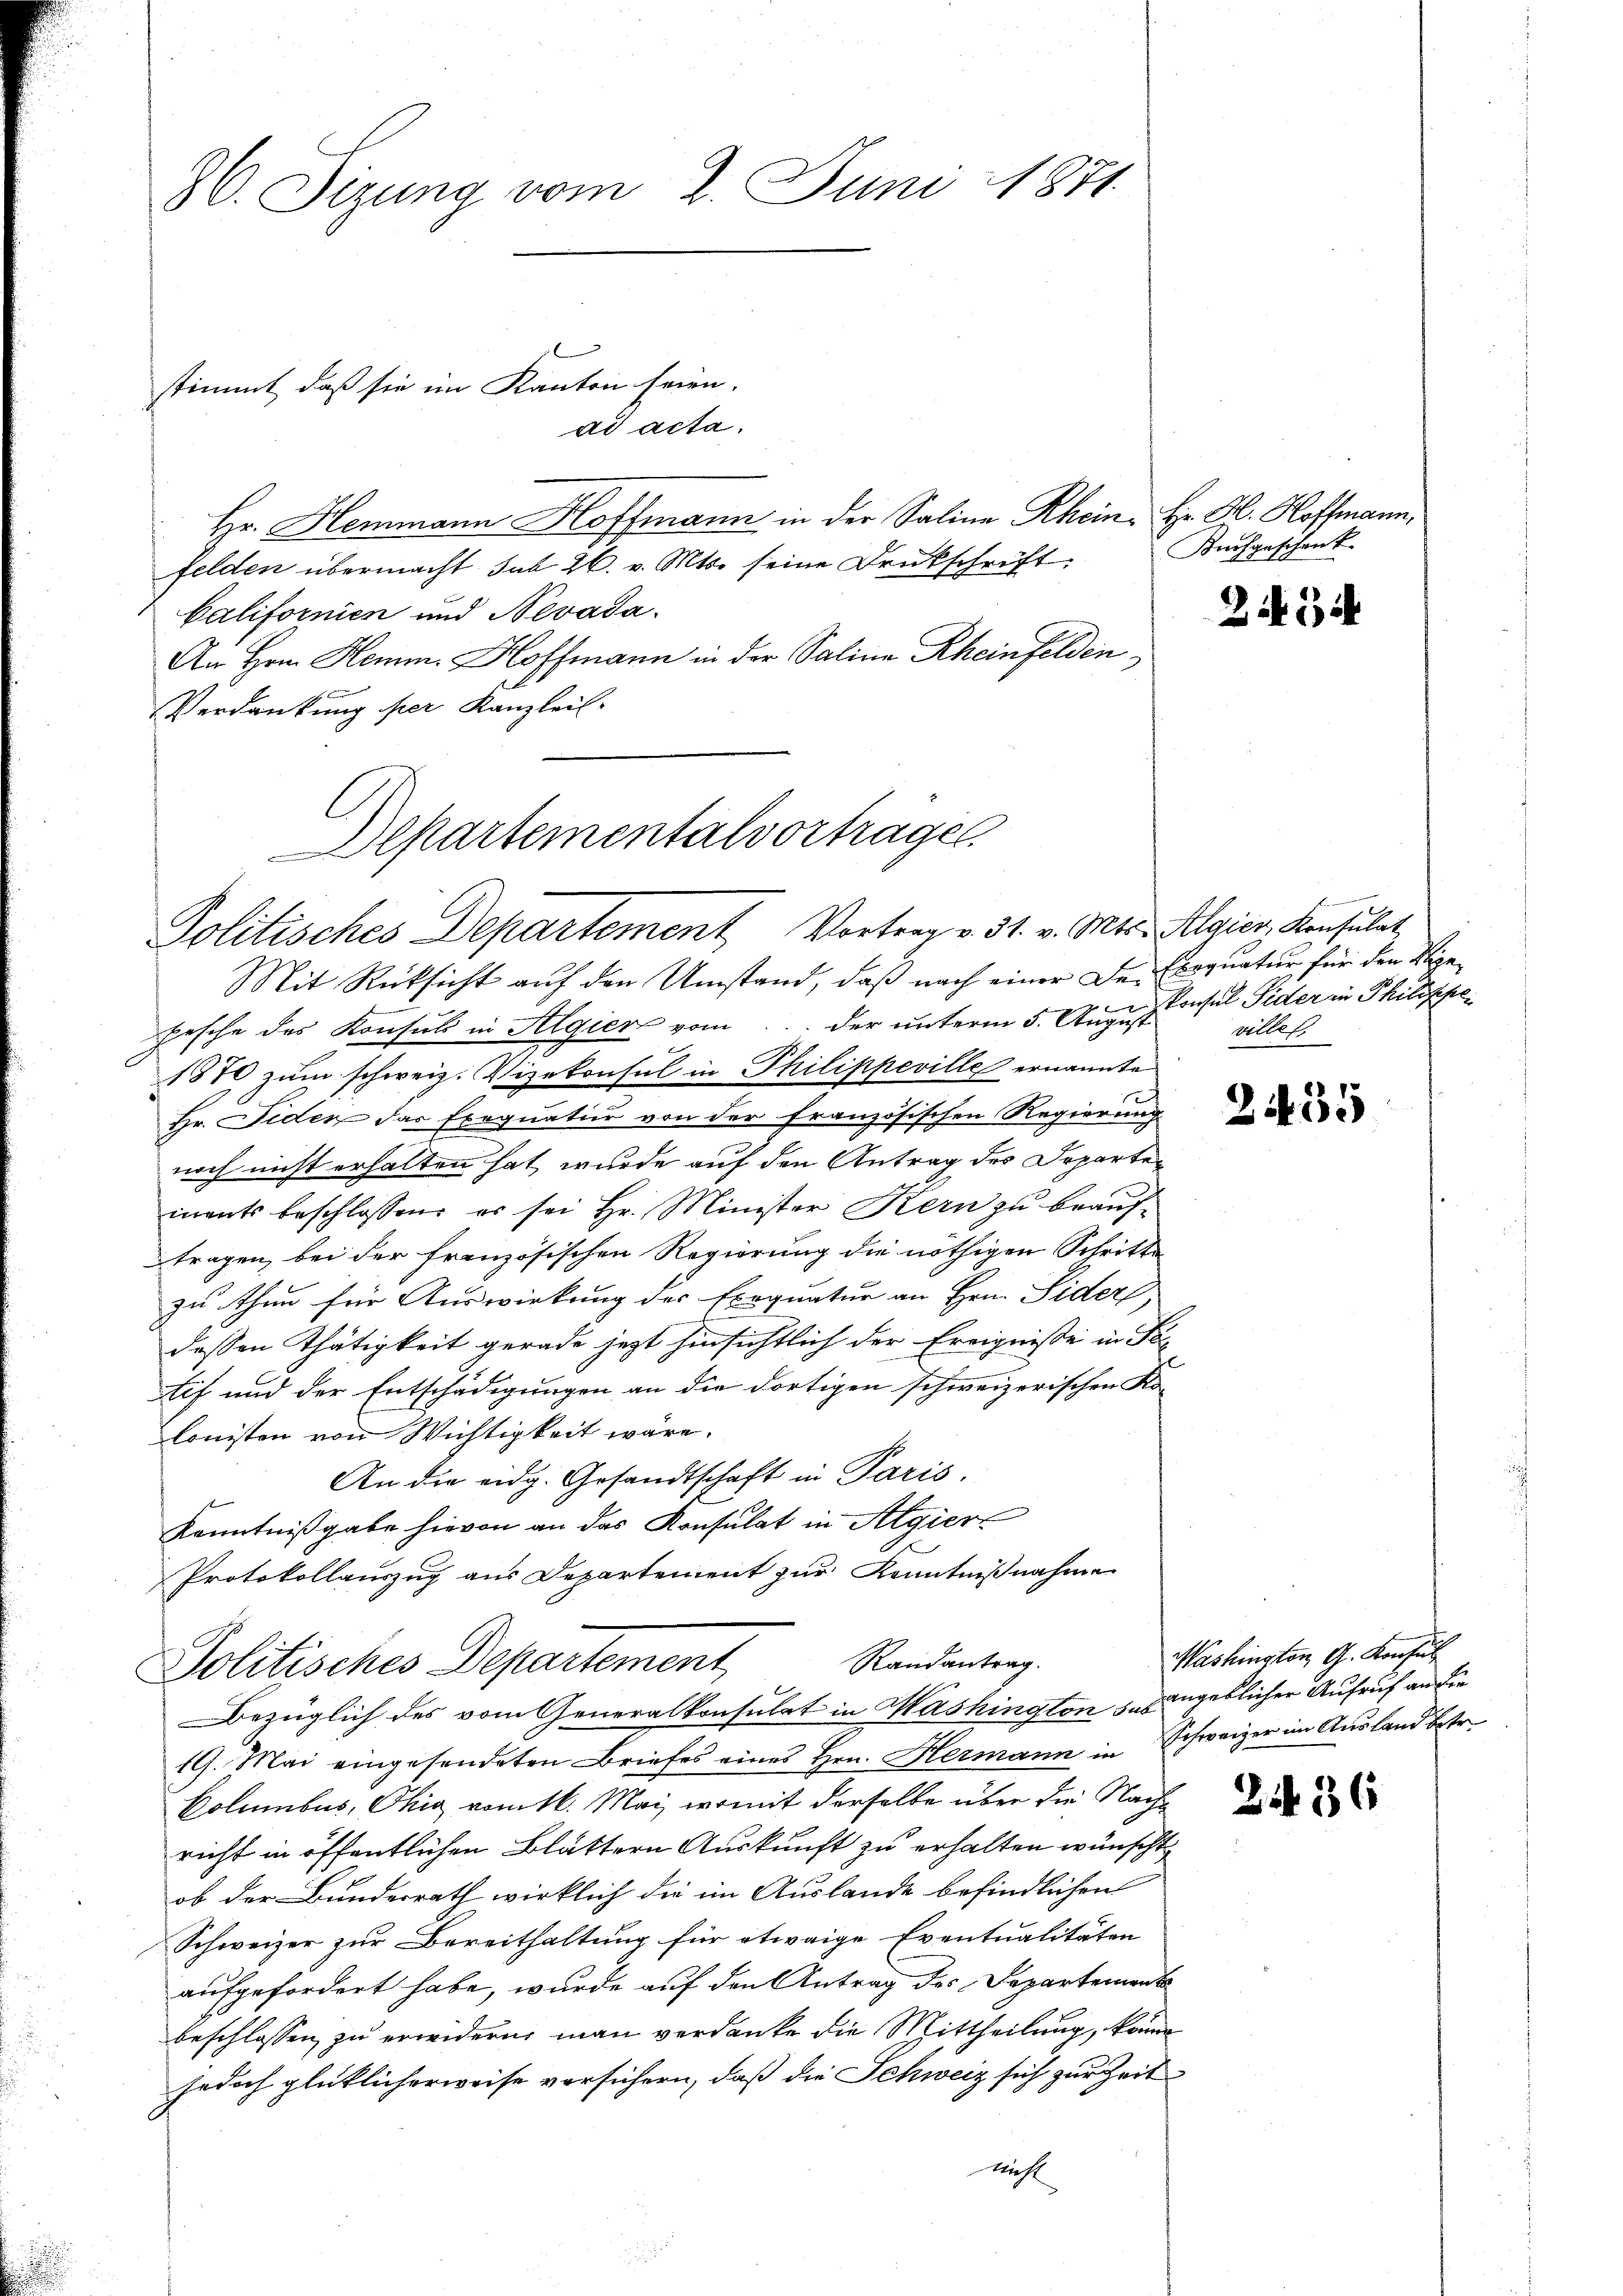
36. Sizung vom 2. Juni 1871

ad acta.
Hr. Hemmann Hoffmann in der Saline Rhein, Hr. K. Hoffmann,
felden übermacht sub 26. v. Mts. seine Druckschrift:
Californien und Nevada.
An Hrn. Hemm. Hoffmann in der Saline Rheinfelden
Verdrückung per Kanzleil

stimmt, daß sie im Kanton seien.

Departementalvortrage
Politisches Departement Vortrag v. 31. v. Mts. Algier, Konsulat

Buchgeschenk

Mit Rücksicht aŭf den Umstand, daβ nach einer Dr. Exequatur für den Nie¬

fesche des Konsuls in Algier vom... der unterm 5. August insul Sider in Philippe
1870 zum schweiz. Vizekonsul in Philippeville ernannte
Hr. Fiden das Exequatier von der französischen Regierung
noch nicht erhalten hat, wurde auf den Antrag des Departen
inants beschlossen: er sei Hr. Minister Kern zu beauftragen, bei der französischen Regierung die nöthigen Schritte
zu thun für Auswirkung des Exequatur an Hrn. Sider,
dessen Thätigkeit gerade jetzt hinsichtlich der Ereignisse in For
tif und der Entschädigungen an die dortigen schweizerischen Kolonisten von Wichtigkeit wäre.
An die eidg. Gesandtschaft in Paris.
Kenntnißgabe hievon an das Konsulat in Algier
Protokollauszug aus Departement zur Kenntnißnahme
Randantrag.
Politisches Departement,
Bezüglich des vom Generalkonsulat in Mashington s. angeblicher Aufruf an die
19. Mai eingesendeten Briefes eines Hrn. Hermann in Schweizer im Ausland betr.
Columbus, Ohio vom 16. Mai, womit derselbe über die Nachricht in öffentlichen Blättern Auskunft zu erhalten wünscht
ob der Bunderrath wirklich die im Auslande befindlichen
Schweizer zur Bereithaltung für etwaige Eventualitäten
aufgefordert habe, wurde auf den Antrag des Departement
beschlossen zu erwidern man verdanke die Mittheilung, könne
jedoch glücklicherweise versichern, daß die Schweiz sich zur Zeit
Nicht

243

villet

21435

Washington G. Konsul

2436